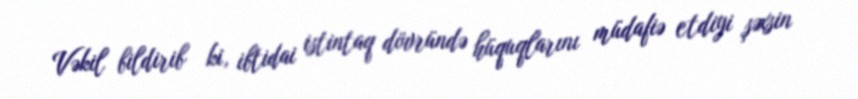
Vəkil bildirib ki, ibtidai istintaq dövründə hüquqlarını müdafiə etdiyi şəxsin